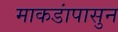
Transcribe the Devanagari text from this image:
माकडांपासुन